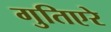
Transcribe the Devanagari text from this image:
गुतिएरे